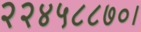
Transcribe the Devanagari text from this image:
२२४५८८७०।